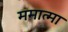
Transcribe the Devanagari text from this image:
ममात्मा